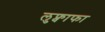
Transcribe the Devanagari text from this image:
लुफ्वाफा